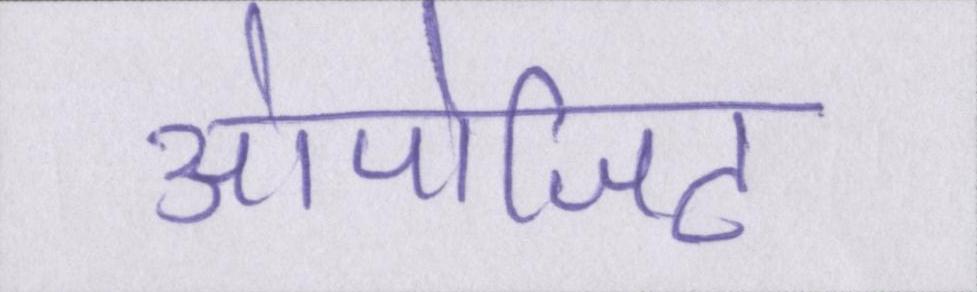
ओपोजिट